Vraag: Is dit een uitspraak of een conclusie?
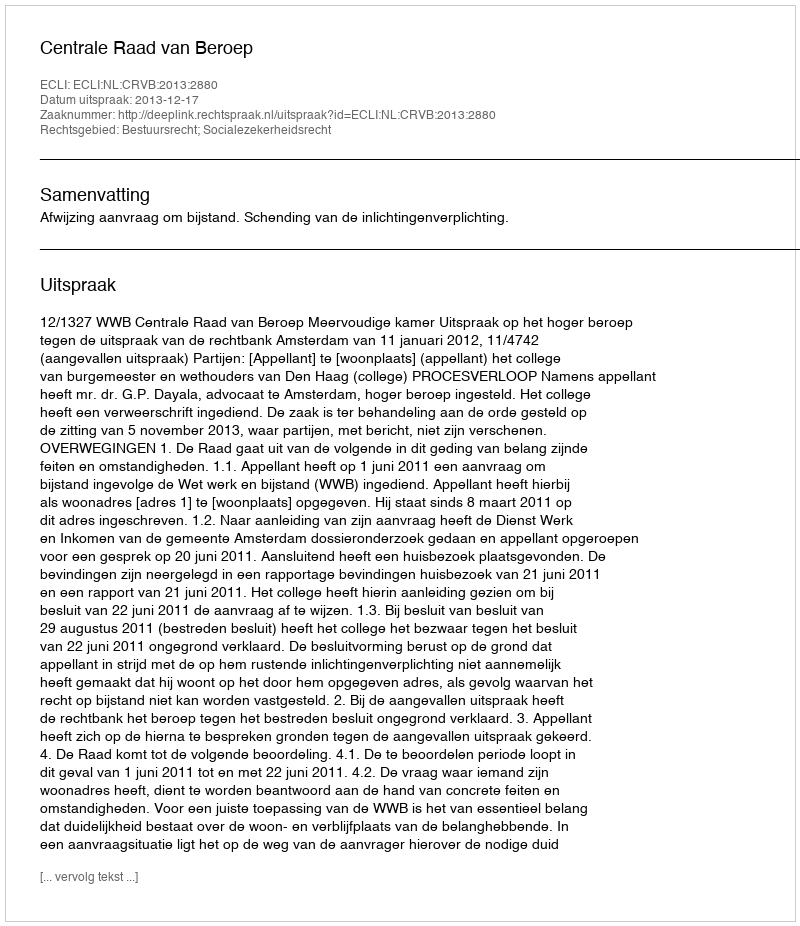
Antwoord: Uitspraak